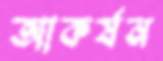
আকর্ষন